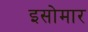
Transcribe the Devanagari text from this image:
इसोमार